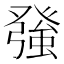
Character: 𭽅